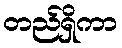
တည်ရှိကာ